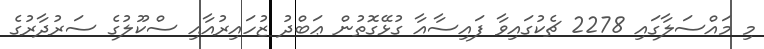
މި މައްސަލާގައި 2278 ޗެކުގައިވާ ފައިސާއާ ގުޅޭގޮތުން ޢަބްދު ޒުހައިރުއާއި ސްކޫލުގެ ސަރުދާރުގެ